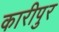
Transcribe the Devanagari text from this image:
कारीपुर